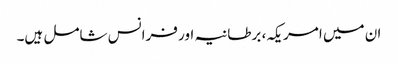
ان میں امریکہ، برطانیہ اور فرانس شامل ہیں۔